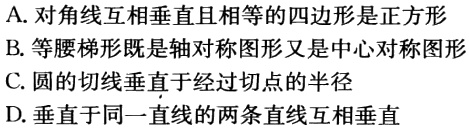
A. 对角线互相垂直且相等的四边形是正方形
B. 等腰梯形既是轴对称图形又是中心对称图形
C. 圆的切线垂直于经过切点的半径
D. 垂直于同一直线的两条直线互相垂直